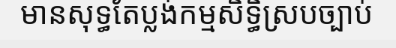
មានសុទ្ធតែប្លង់កម្មសិទ្ធិស្របច្បាប់